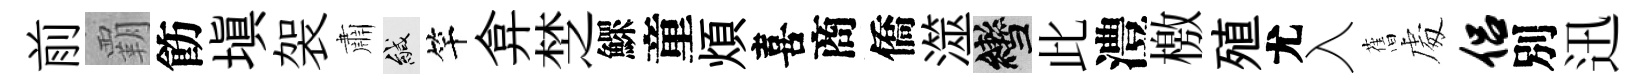
前覇飭塡袈肅緘竿弇椘鰥童煩喜商僑澨轡此澧檄殖尤入𦾔䖏侣別迅